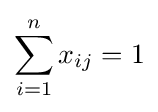
\sum _{i=1}^{n}x_{ij}=1